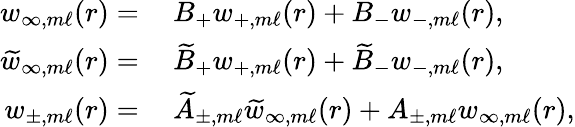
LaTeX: \begin{array}{rl}{w_{\infty,m\ell}(r)=}&{\: B_{+}w_{+,m\ell}(r)+B_{-}w_{-,m\ell}(r),}\\ {\widetilde{w}_{\infty,m\ell}(r)=}&{\: \widetilde{B}_{+}w_{+,m\ell}(r)+\widetilde{B}_{-}w_{-,m\ell}(r),}\\ {w_{\pm,m\ell}(r)=}&{\: \widetilde{A}_{\pm,m\ell}\widetilde{w}_{\infty,m\ell}(r)+{A}_{\pm,m\ell}w_{\infty,m\ell}(r),}\end{array}